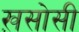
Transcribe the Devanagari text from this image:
ख़सोसी